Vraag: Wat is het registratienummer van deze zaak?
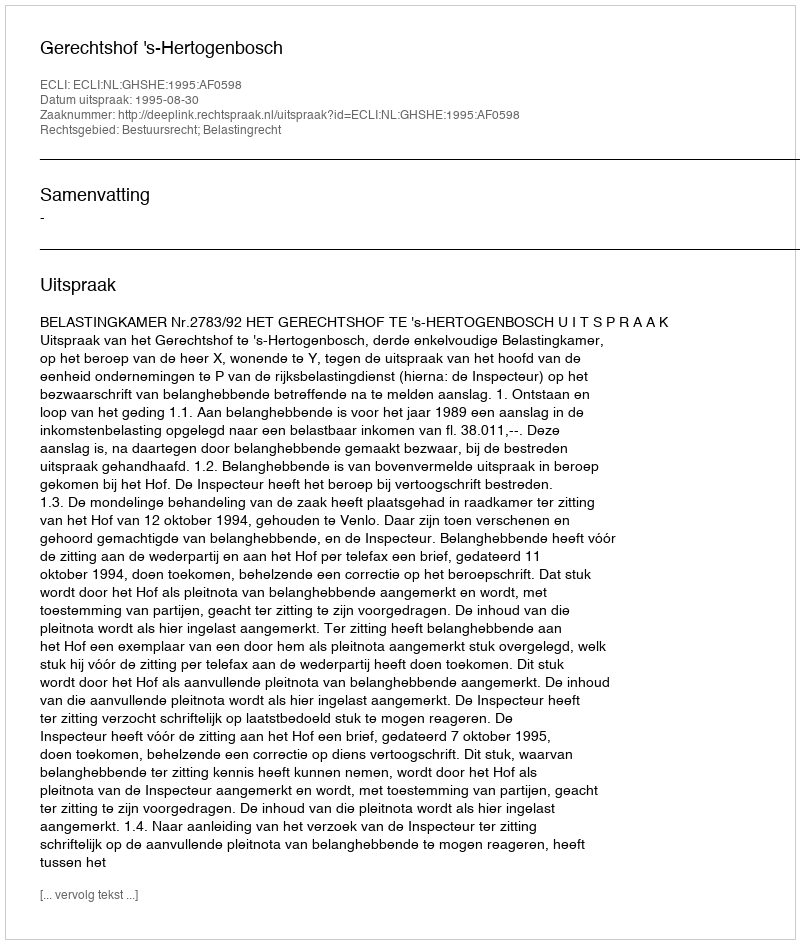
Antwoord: http://deeplink.rechtspraak.nl/uitspraak?id=ECLI:NL:GHSHE:1995:AF0598